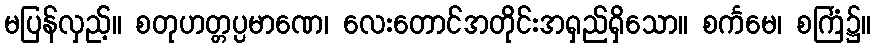
မပြန်လှည့်။ စတုဟတ္တပ္ပမာဏေ၊ လေးတောင်အတိုင်းအရှည်ရှိသော။ စင်္ကမေ၊ စင်္ကြံ၌။